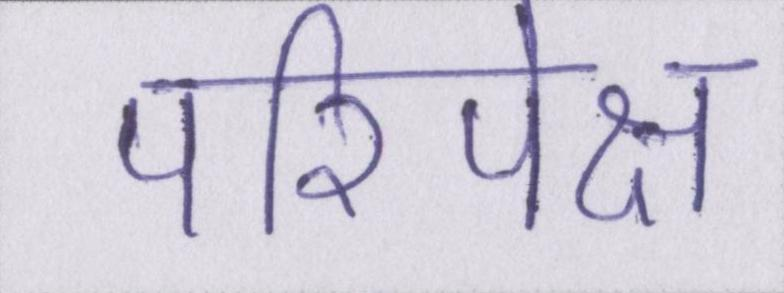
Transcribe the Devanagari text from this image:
परिपेक्ष